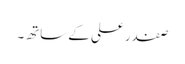
صفدر علی کے ساتھ۔